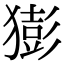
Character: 𤡭